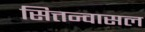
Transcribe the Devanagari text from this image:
सित्तन्वासल